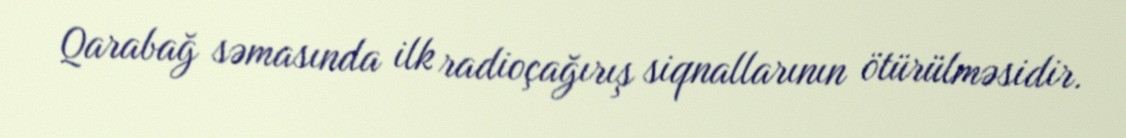
Qarabağ səmasında ilk radioçağırış siqnallarının ötürülməsidir.